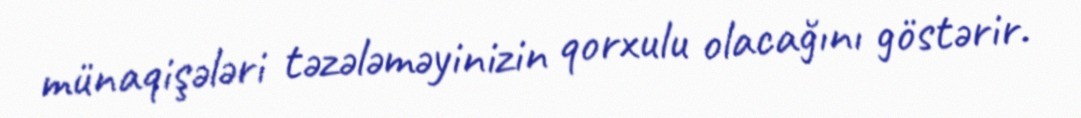
münaqişələri təzələməyinizin qorxulu olacağını göstərir.